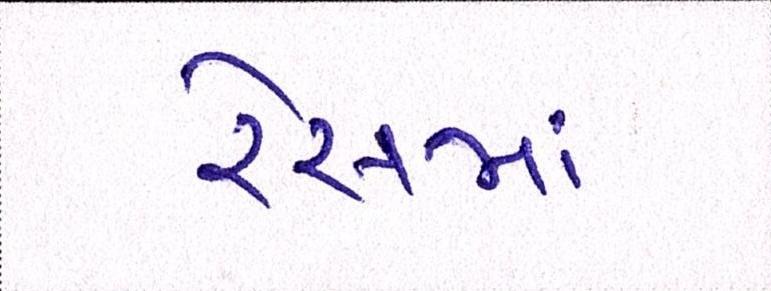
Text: રેસમાં